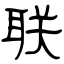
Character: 联